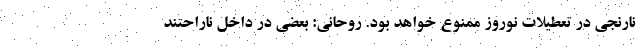
نارنجی در تعطیلات نوروز ممنوع خواهد بود. روحانی: بعضی در داخل ناراحتند